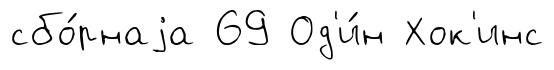
сбо́рнаjа 69 Од'и́н Хок'инс